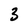
Character: 3